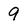
Character: 9